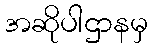
အဆိုပါဌာနမှ